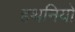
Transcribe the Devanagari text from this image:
हथनियों